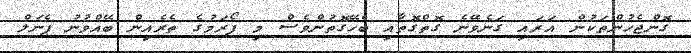
ގޮންޖެހުންތަކުން އަރައި ގަނެވޭނެ ގޮތްގޮތާއި ބެހޭގޮތުންވެސް މި ފޯރަމުގެ ތެރެއިން ބޭއްވުނު ޕެނަލް